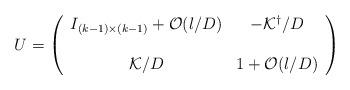
LaTeX: \begin{align*}U=\left( \begin{array}{cc} I_{(k-1)\times(k-1)} + {\cal O}(l/D) &-{\cal K}^\dagger/D \\ \\ {\cal K}/D & 1+{\cal O}(l/D)\end{array} \right)\end{align*}